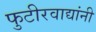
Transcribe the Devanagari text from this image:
फुटीरवाद्यांनी